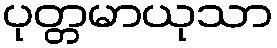
ပုတ္တမာယုသာ